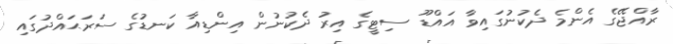
ރާއްޖޭގެ އެންމެ ދެކުނުގައިވާ އައްޑޫ ސިޓީގެ އިރު ދެކުނުން އިންޑިއާ ކަނޑުގެ ސަރަޙައްދުގައި